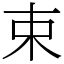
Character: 束